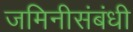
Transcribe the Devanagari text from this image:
जमिनीसंबंधी